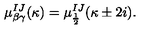
\mu _ { \beta \gamma } ^ { I J } ( \kappa ) = \mu _ { \frac 1 2 } ^ { I J } ( \kappa \pm 2 i ) .